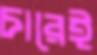
চারেই